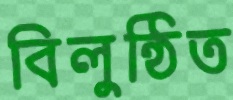
বিলুন্ঠিত